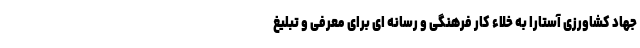
جهاد کشاورزی آستارا به خلاء کار فرهنگی و رسانه ای برای معرفی و تبلیغ